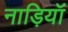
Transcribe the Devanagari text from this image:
नाड़ियॉं